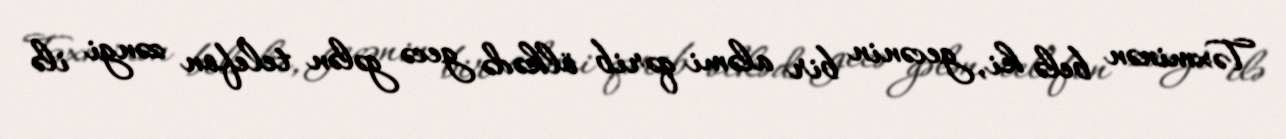
Təxminən belə ki, gecənin bir aləmi qərib ölkədə gecə gələn telefon zəngi ilə